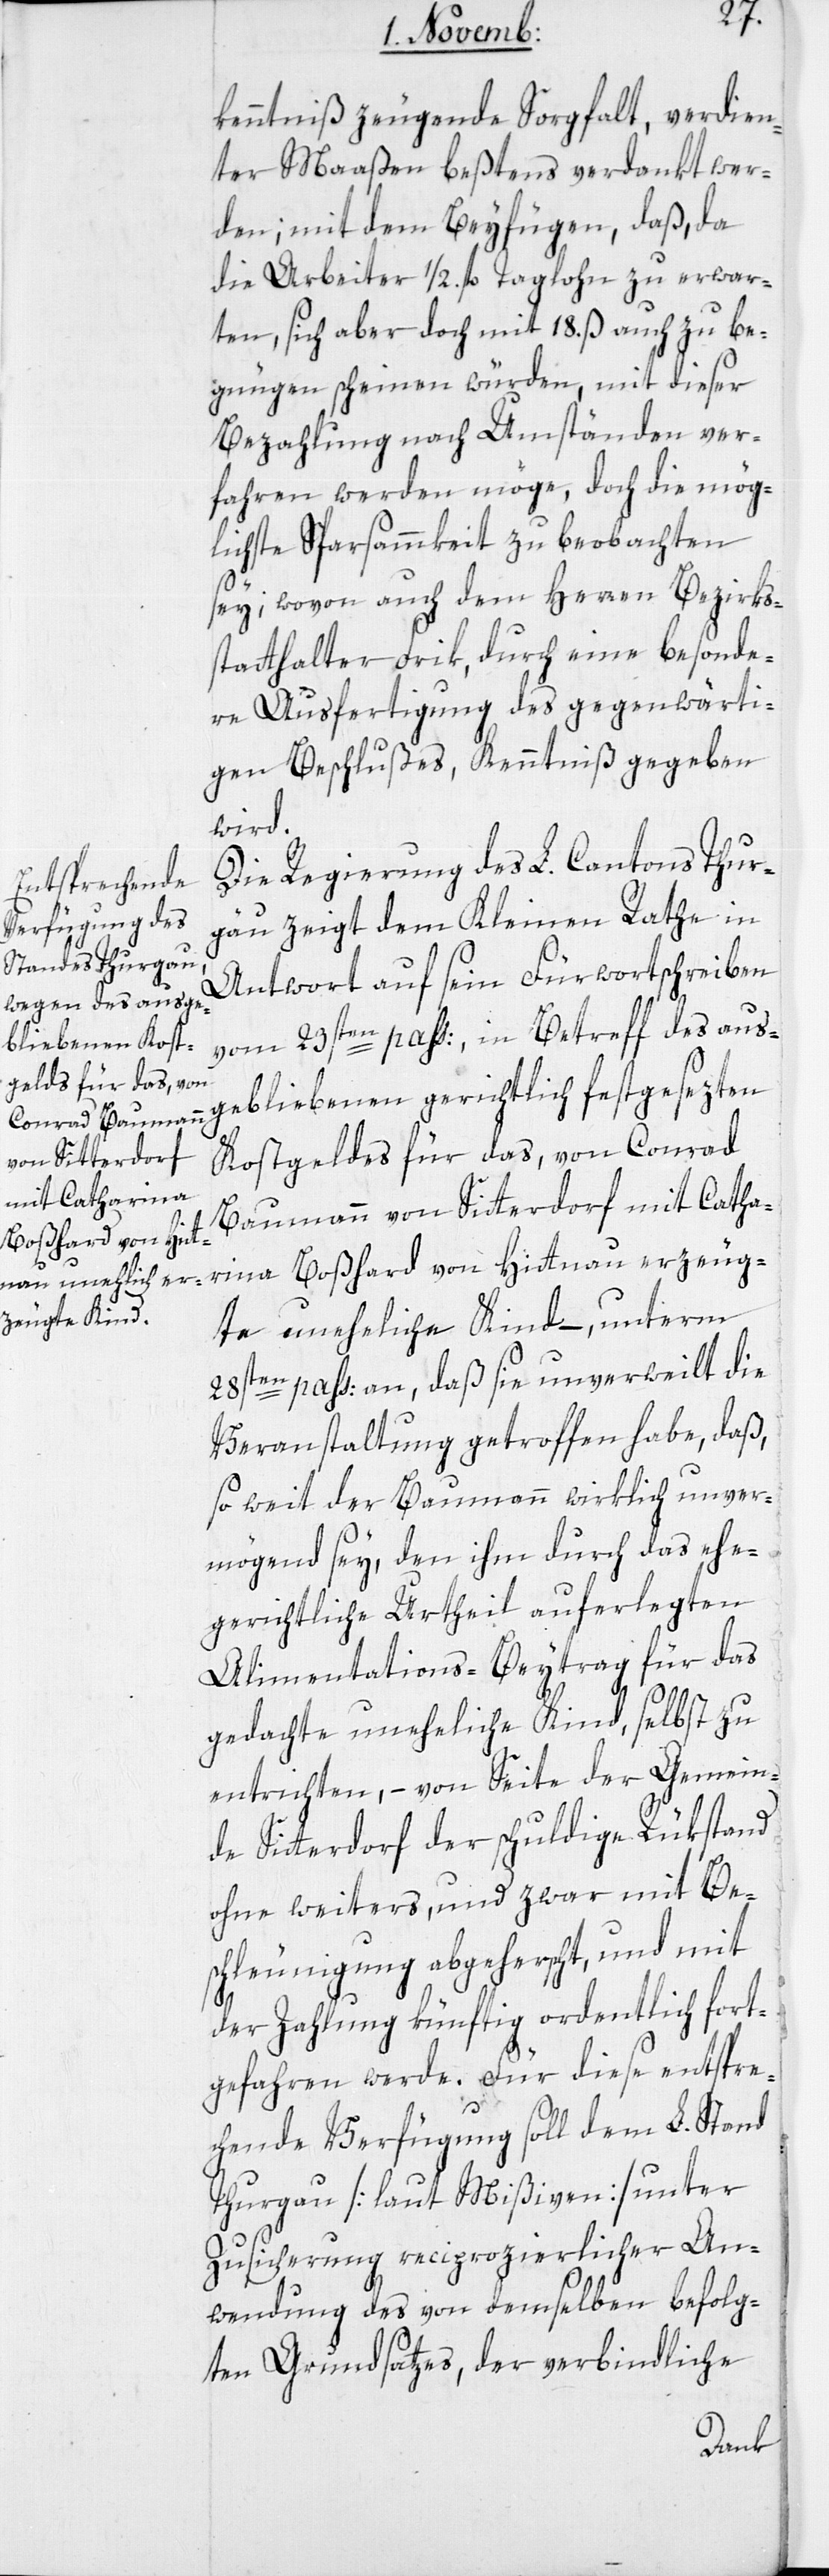
kenntniß zeugende Sorgfalt, verdien¬
ter Maßen bestens verdankt wer¬
den; mit dem Beyfügen, daß, da
die Arbeiter ½. fl. Taglohn zu erwar¬
ten, sich aber doch mit 18. ß auch zu be¬
gnügen scheinen würden, mit dieser
Bezahlung nach Umständen ver¬
fahren werden möge, doch die mög¬
lichste Sparsammkeit zu beobachten
sey; wovon auch dem Herren Bezirks¬
statthalter Frik durch eine besonde¬
re Ausfertigung des gegenwärti¬
gen Beschlußes, Kenntniß gegeben
wird.
Die Regierung des L. Cantons Thur¬
gau zeigt dem Kleinen Rathe in
Antwort auf seyn Fürwortschreiben
vom 23sten pass:, in Betreff des aus¬
gebliebenen gerichtlich festgesezten
Kostgeldes für das, von Conrad
Baumann von Sitterdorf mit Catha¬
rina Boßhard von Hittnau erzeug¬
te uneheliche Kind, – unterm
28sten pass: an, daß sie unverweilt die
Veranstaltung getroffen habe, daß
so weit der Baumann wirklich unver¬
mögend sey, den ihm durch das ehe¬
gerichtliche Urtheil auferlegten
Alimentations-Beytrag für das
gedachte uneheliche Kind, selbst zu
entrichten, – von Seite der Gemein¬
de Sitterdorf der schuldige Rükstand
ohne weiteres und zwar mit Be¬
schleunigung abgeherscht, und mit
der Zahlung künftig ordentlich fort¬
gefahren werde. Für diese entspre¬
chende Verfügung soll dem L. Stand
Thurgau [laut Mißiven] unter
Zusicherung reciprocierlicher An¬
wendung des von demselben befolg¬
ten Grundsatzes, der verbindliche